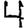
Digit: 4